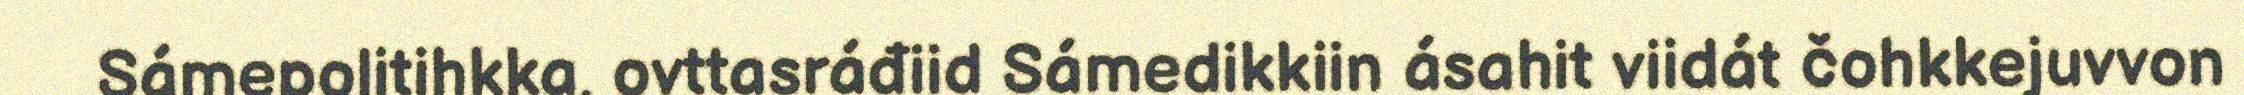
Sámepolitihkka, ovttasráđiid Sámedikkiin ásahit viidát čohkkejuvvon